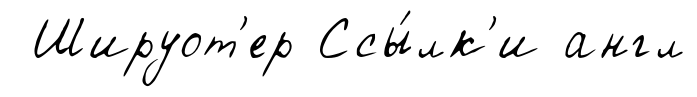
Шируот'ер Ссы́лк'и англ